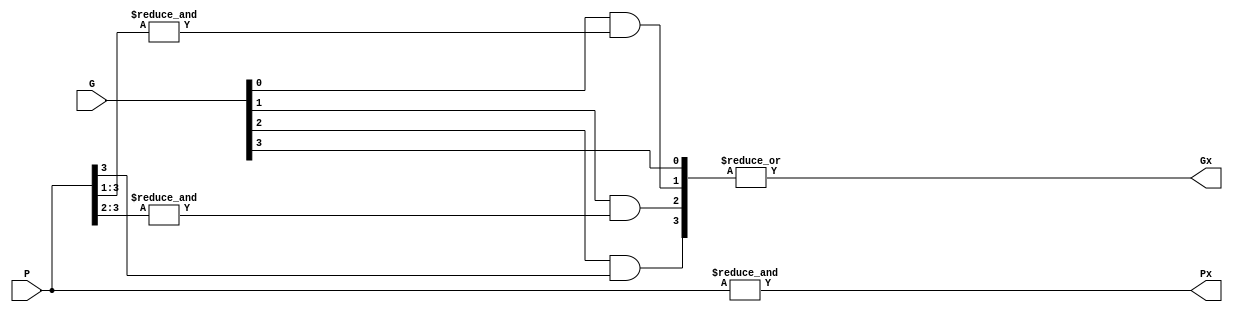
module PGxGen #(
    parameter bit_width = 4
) (
    input [bit_width-1:0] P,
    input [bit_width-1:0] G,
    output Px,
    output Gx
);

    assign Px = &P;

    wire [bit_width-1:0] bitwise_or;
    genvar k;
    generate
        for (k = 0; k < bit_width; k = k + 1) begin : Gen_Gx
            wire tmp;
            if (k < bit_width - 1) begin : if_P
                assign tmp = &P[bit_width-1:1+k];
            end else begin
                assign tmp = 1;
            end
            assign bitwise_or[k] = G[k] & tmp;
        end

        assign Gx = |bitwise_or;
    endgenerate

endmodule